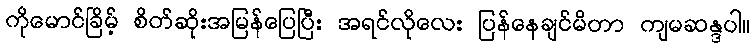
ကိုမောင်ခြိမ့် စိတ်ဆိုးအမြန်ပြေပြီး အရင်လိုလေး ပြန်နေချင်မိတာ ကျမဆန္ဒပါ။